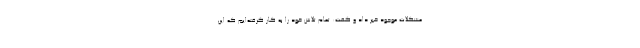
مشکلات موجود خبر داد و گفت: تمام تلاش خود را به کار گرفته‌ایم که این